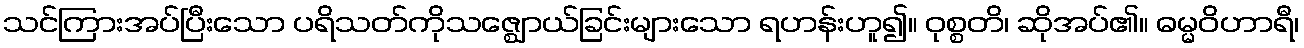
သင်ကြားအပ်ပြီးသော ပရိသတ်ကိုသဇ္ဈောယ်ခြင်းများသော ရဟန်းဟူ၍။ ဝုစ္စတိ၊ ဆိုအပ်၏။ ဓမ္မဝိဟာရီ၊